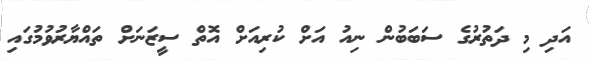
އަދި މި ދަތުރުގެ ސަބަބުން ނިއު އަށް ކުރިއަށް އޮތް ސީޒަނަށް ތައްޔާރުވުމުގައި